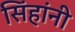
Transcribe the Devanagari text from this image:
सिंहांनी